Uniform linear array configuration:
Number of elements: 4
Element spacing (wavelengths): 0.75
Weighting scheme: cosine
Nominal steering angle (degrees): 0
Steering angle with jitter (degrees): -1.809
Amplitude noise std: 0.05
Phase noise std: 0.05

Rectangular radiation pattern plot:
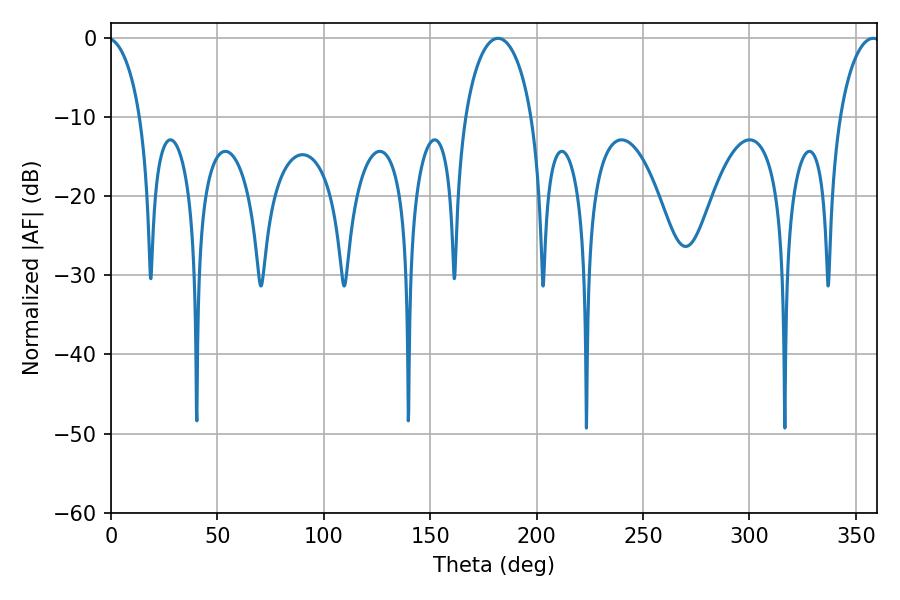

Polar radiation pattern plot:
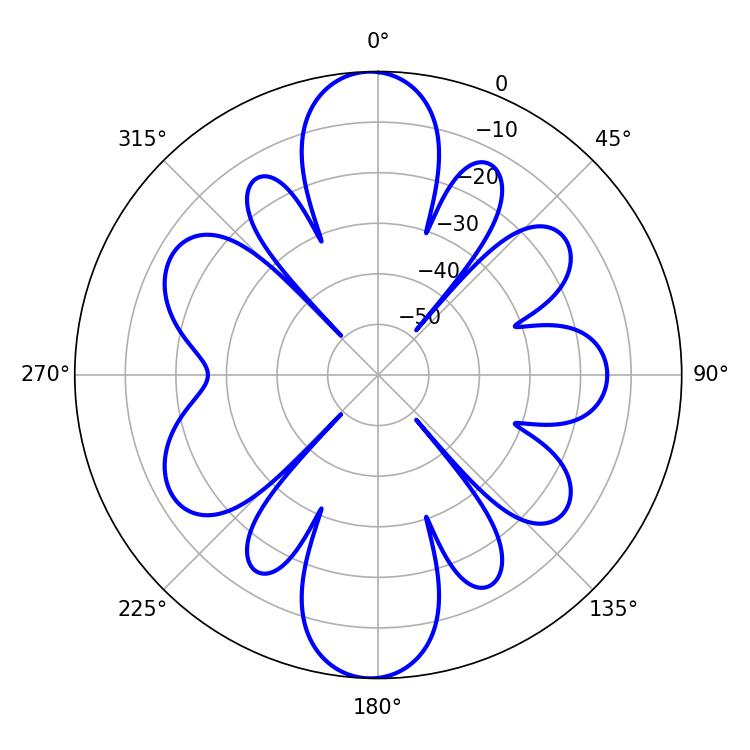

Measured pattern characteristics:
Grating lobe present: TRUE
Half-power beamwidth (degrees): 18.18
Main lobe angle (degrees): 181.8